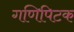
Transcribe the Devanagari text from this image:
गणिपिटक